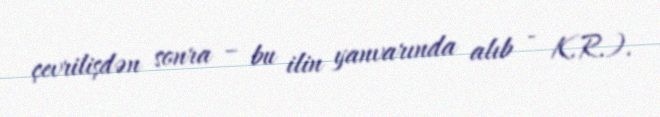
çevrilişdən sonra – bu ilin yanvarında alıb - K.R.).